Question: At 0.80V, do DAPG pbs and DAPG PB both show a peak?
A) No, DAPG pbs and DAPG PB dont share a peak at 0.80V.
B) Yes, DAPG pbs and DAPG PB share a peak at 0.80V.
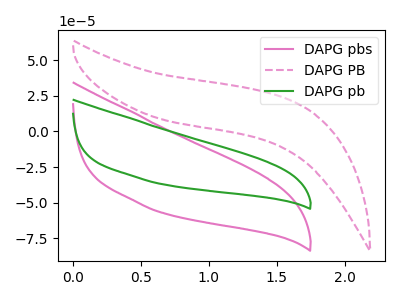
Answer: <think>The pink curve "DAPG pbs" has no peaks. The pink dashed curve "DAPG PB" has no peaks. The green curve "DAPG pb" has no peaks.</think>
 <answer>A) No, "DAPG pbs" and "DAPG PB" dont share a peak at 0.80V.</answer>
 <eval>A</eval>